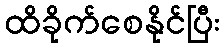
ထိခိုက်စေနိုင်ပြီး